Indian journal of veterinary science and animal husbandry - Volume 6,
Year: 1936
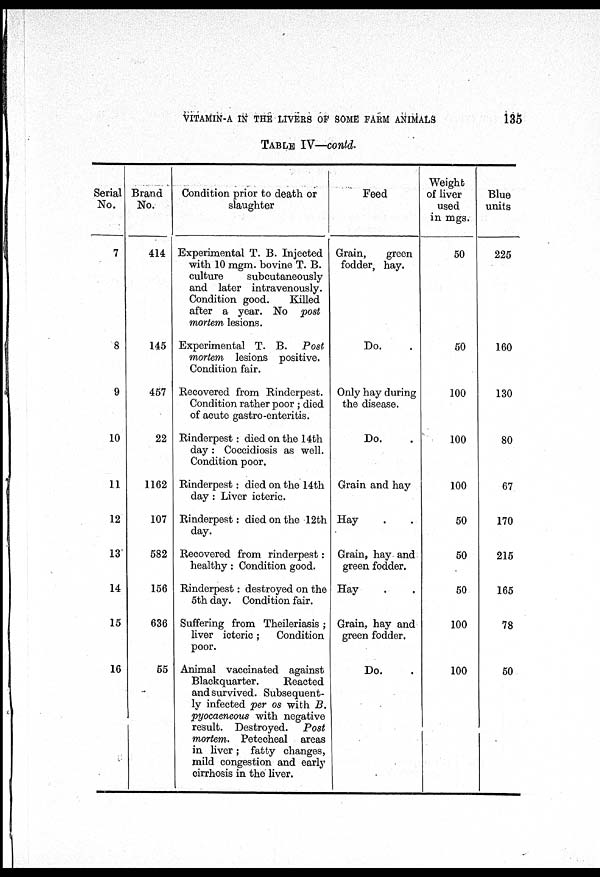
VITAMIN-A IN THE LIVERS OF SOME FARM ANIMALS
135
TABLE IV—contd.
Serial
No.
7
8
9
10
11
12
13
14
15
16
Brand
No.
414
145
457
22
1162
107
582
156
636
55
Condition prior to death or
slaughter
Experimental T. B. Injected
with 10 mgm. bovine T. B.
culture
subcutaneously
and later intravenously.
Condition good.
Killed
after a year. No post
mortem lesions.
Experimental T. B.
Post
mortem lesions positive.
Condition fair.
Recovered from Rinderpest.
Condition rather poor ; died
of acute gastro-enteritis.
Rinderpest : died on the 14th
day : Coccidiosis as well.
Condition poor.
Rinderpest : died on the 14th
day : Liver icteric.
Rinderpest: died on the 12th
day.
Recovered from rinderpest :
healthy : Condition good.
Rinderpest: destroyed on the
5th day. Condition fair.
Suffering from Theileriasis ;
liver icteric;
Condition
poor.
Animal vaccinated against
Blackquarter.
Reacted
and survived. Subsequent-
ly infected per os with B.
pyocaeneous with negative
result. Destroyed.
Post
mortem. Petecheal areas
in liver; fatty changes,
mild congestion and early
cirrhosis in the liver.
Feed
Grain,
green
fodder, hay.
Do. .
Only hay during
the disease.
Do. .
Grain and hay
Hay . .
Grain, hay and
green fodder.
Hay . .
Grain, hay and
green fodder.
Do. .
Weight
of liver
used
in mgs.
50
50
100
100
100
50
50
50
100
100
Blue
units
225
160
130
80
67
170
215
165
78
50